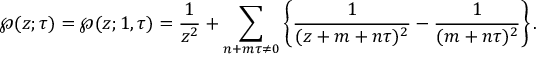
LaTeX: \wp ( z ; \tau ) = \wp ( z ; 1 , \tau ) = { \frac { 1 } { z ^ { 2 } } } + \sum _ { n + m \tau \neq 0 } \left\{ { \frac { 1 } { ( z + m + n \tau ) ^ { 2 } } } - { \frac { 1 } { ( m + n \tau ) ^ { 2 } } } \right\} .